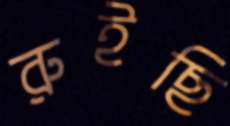
রুইছি